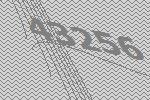
43256